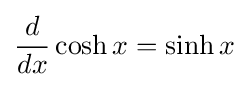
{\frac {d}{dx}}\cosh x=\sinh x